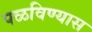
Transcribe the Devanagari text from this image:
पळविण्यास